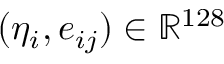
( \eta _ { i } , e _ { i j } ) \in \mathbb { R } ^ { 1 2 8 }